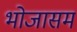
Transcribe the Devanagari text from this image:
भोजासम